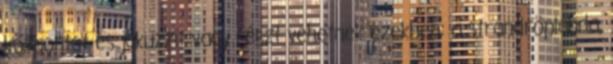
központot és jakuzzit vagy részt vehetnek ezekben: a strandröplabda,